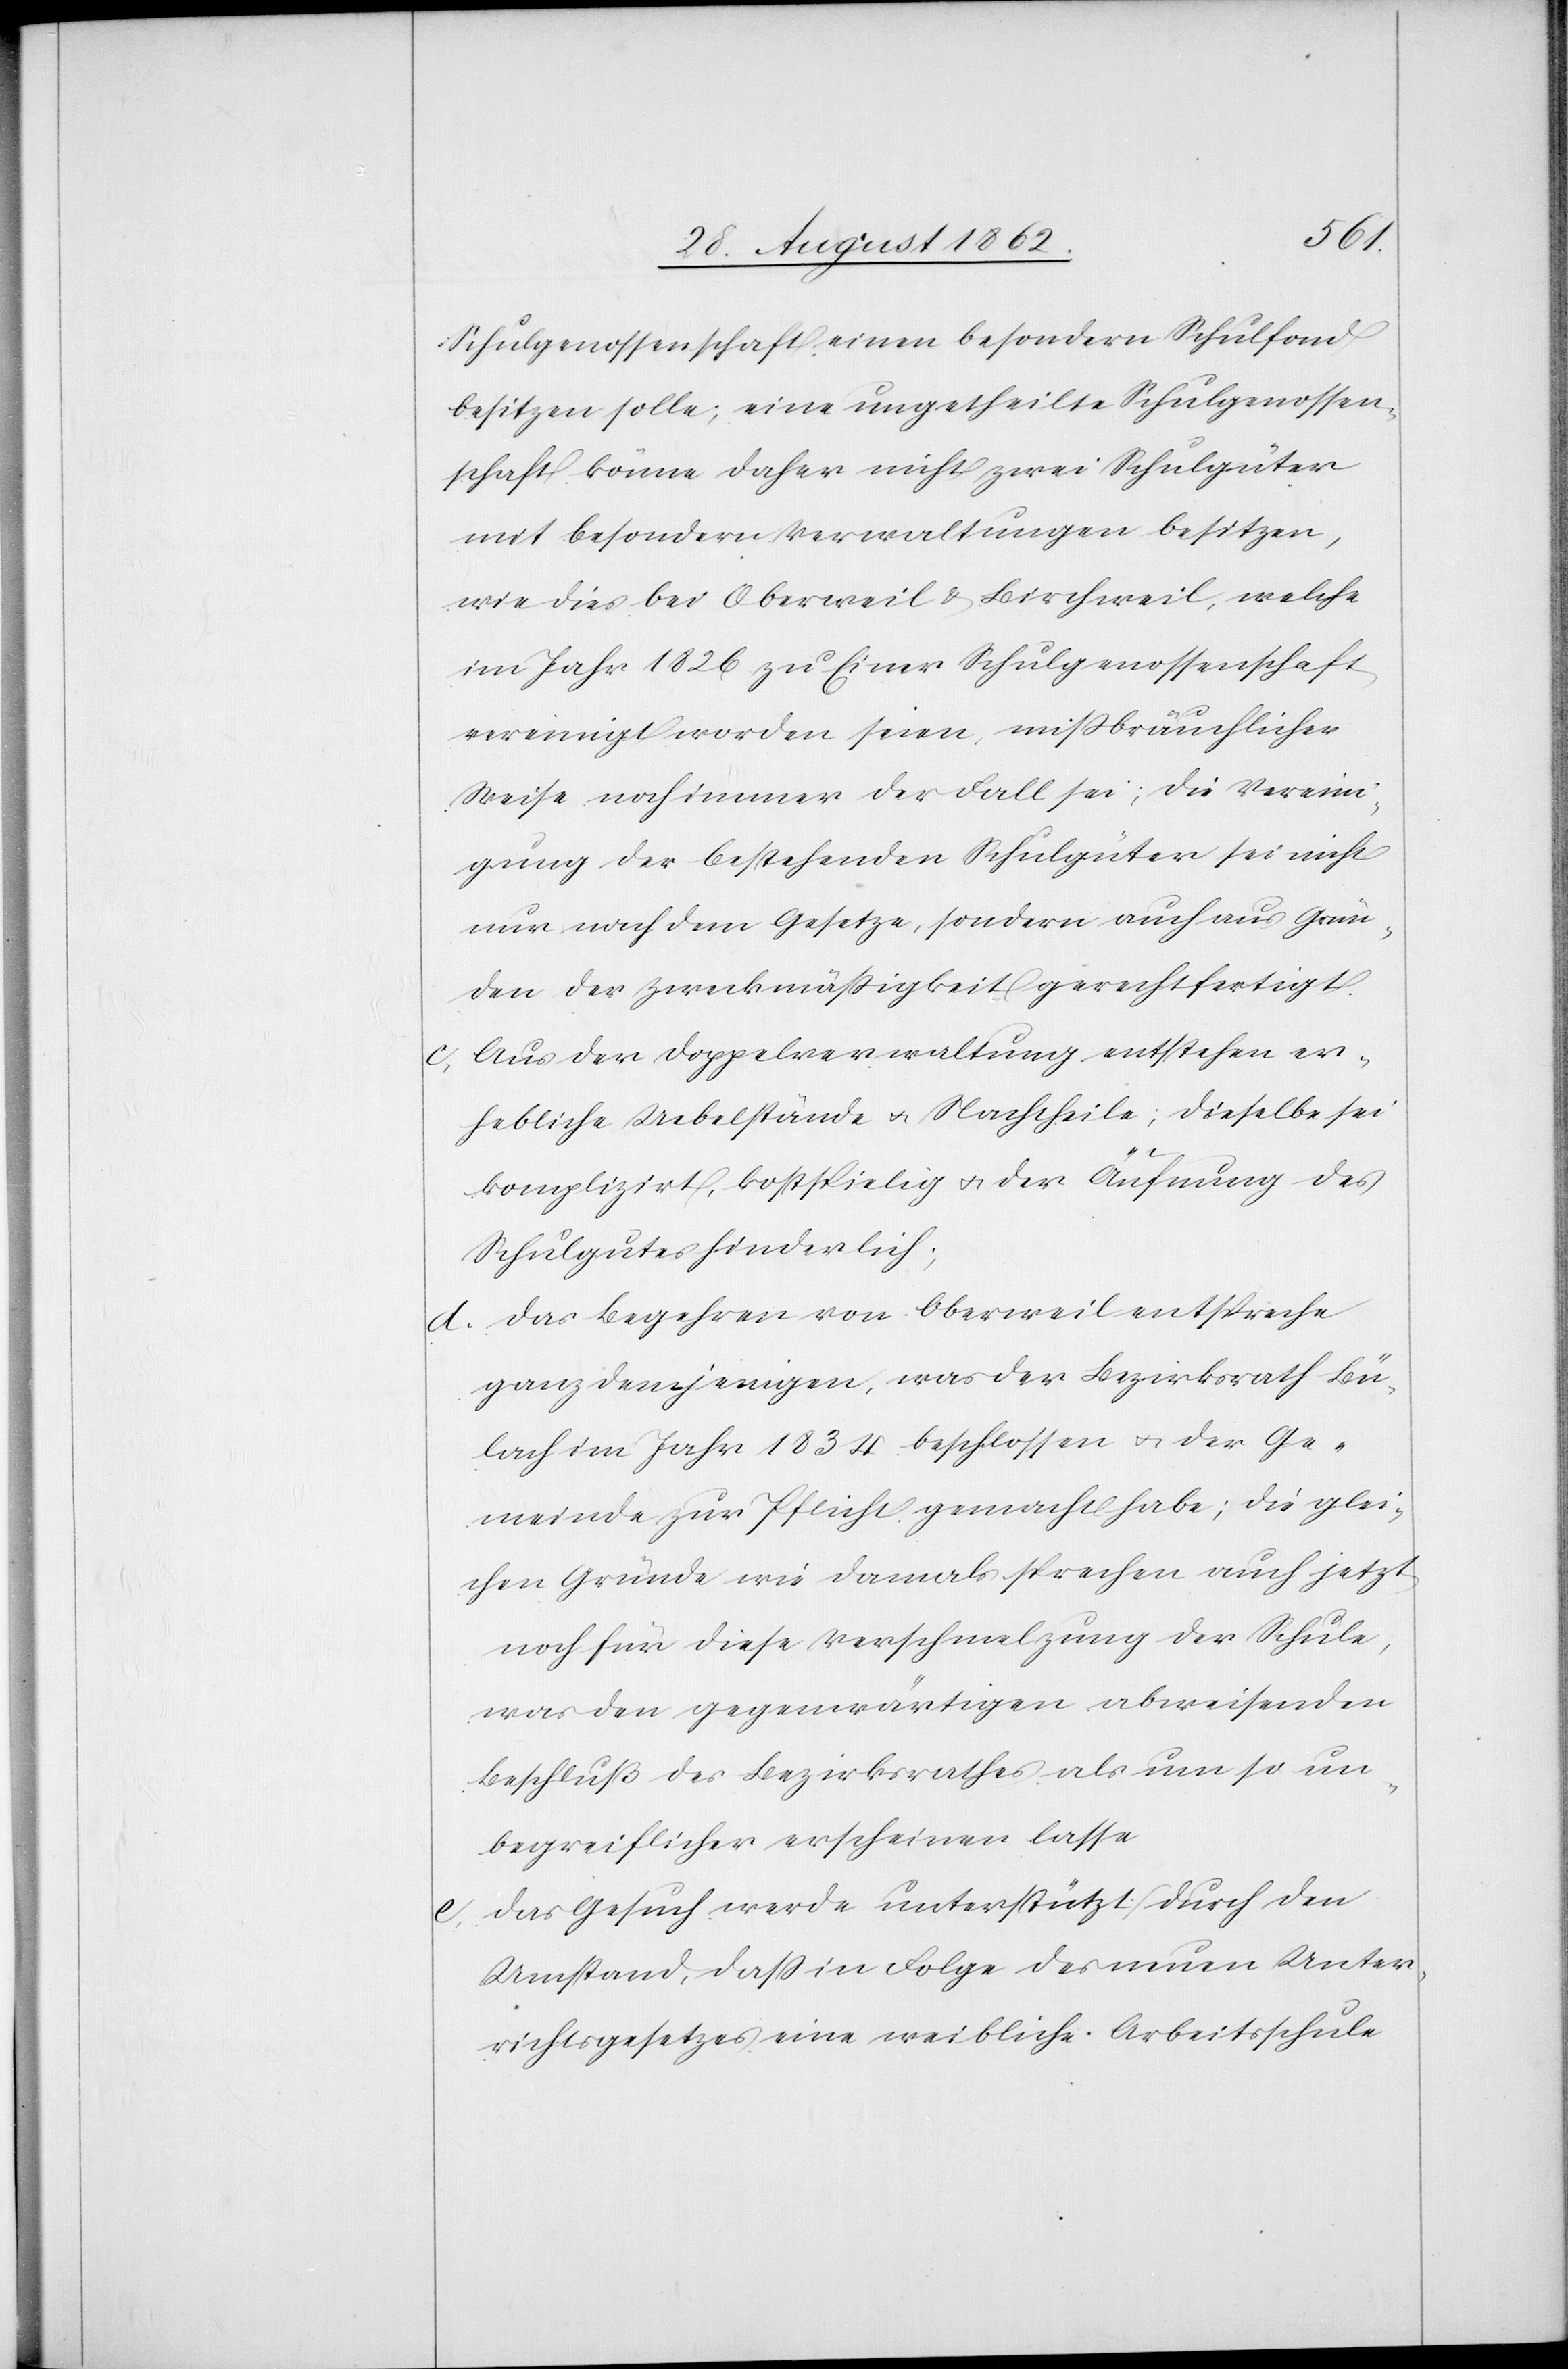
Schulgenossenschaft einen besondern Schulfond
besitzen solle; eine ungetheilte Schulgenossen¬
schaft könne daher nicht zwei Schulgüter
mit besondern Verwaltungen besitzen,
wie dies bei Oberweil u. Birchweil, welche
im Jahr 1826 zu Einer Schulgenossenschaft
vereinigt worden seien, mißbräuchlicher
Weise noch immer der Fall sei; die Vereini¬
gung der bestehenden Schulgüter sei nicht
nur nach dem Gesetze, sondern auch aus Grün¬
den der Zweckmäßigkeit gerechtfertigt.
Aus der Doppelverwaltung entstehen er¬
c.
hebliche Uebelstände u. Nachtheile; dieselbe sei
komplizirt, kostspielig u. der Äufnung des
Schulgutes hinderlich;
d. Das Begehren von Oberweil entspreche
ganz demjenigen, was der Bezirksrath Bü¬
lach im Jahr 1834 beschlossen u. der Ge¬
meinde zur Pflicht gemacht habe; die glei¬
chen Gründe wie damals sprechen auch jetzt
noch für diese Verschmelzung der Schule,
was den gegenwärtigen abweisenden
Beschluß des Bezirksrathes als um so un¬
begreiflicher erscheinen lasse.
e. Das Gesuch werde unterstützt durch den
Umstand, daß in Folge des neuen Unter¬
richtsgesetzes eine weibliche Arbeitsschule